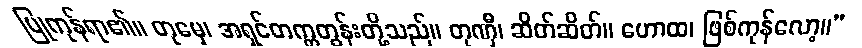
ပြုကုန်ရာ၏။ တုမှေ၊ အရှင်တက္ကတွန်းတို့သည်။ တုဏှီ၊ ဆိတ်ဆိတ်။ ဟောထ၊ ဖြစ်ကုန်လော့။”